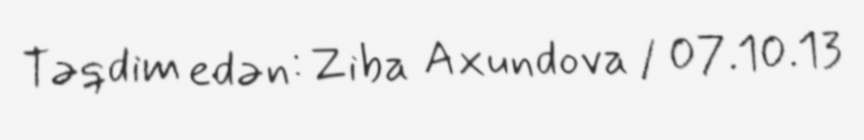
Təqdim edən: Ziba Axundova / 07.10.13